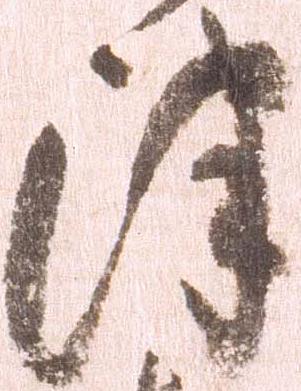
津